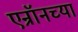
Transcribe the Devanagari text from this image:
एन्रॉनच्या